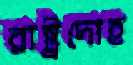
রাষ্ট্রদোহ